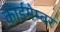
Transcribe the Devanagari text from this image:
कार्डमेम्बर